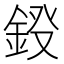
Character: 𨦏